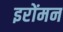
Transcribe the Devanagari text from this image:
इरोंमन